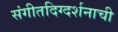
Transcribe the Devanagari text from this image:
संगीतदिग्दर्शनाची